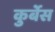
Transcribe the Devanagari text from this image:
कुर्बेस